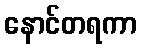
နောင်တရကာ